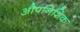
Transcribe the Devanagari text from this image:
औपनिशिक